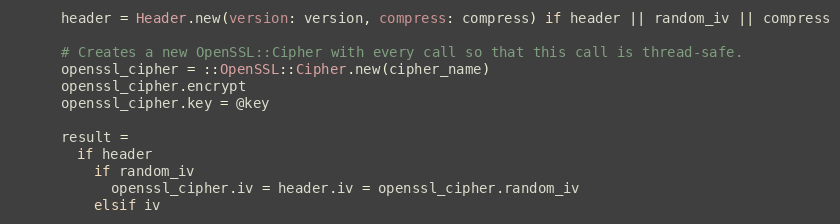
Language: Ruby
      header = Header.new(version: version, compress: compress) if header || random_iv || compress

      # Creates a new OpenSSL::Cipher with every call so that this call is thread-safe.
      openssl_cipher = ::OpenSSL::Cipher.new(cipher_name)
      openssl_cipher.encrypt
      openssl_cipher.key = @key

      result =
        if header
          if random_iv
            openssl_cipher.iv = header.iv = openssl_cipher.random_iv
          elsif iv